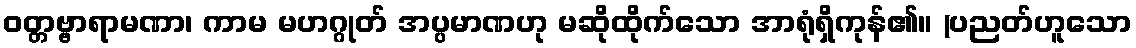
ဝတ္တဗ္ဗာရာမဏာ၊ ကာမ မဟဂ္ဂုတ် အပ္ပမာဏဟု မဆိုထိုက်သော အာရုံရှိကုန်၏။ (ပညတ်ဟူသော